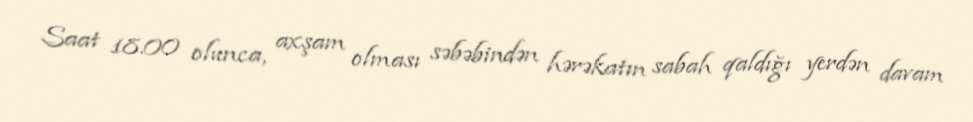
Saat 18.00 olunca, axşam olması səbəbindən hərəkatın sabah qaldığı yerdən davam